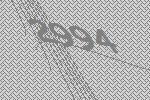
2994